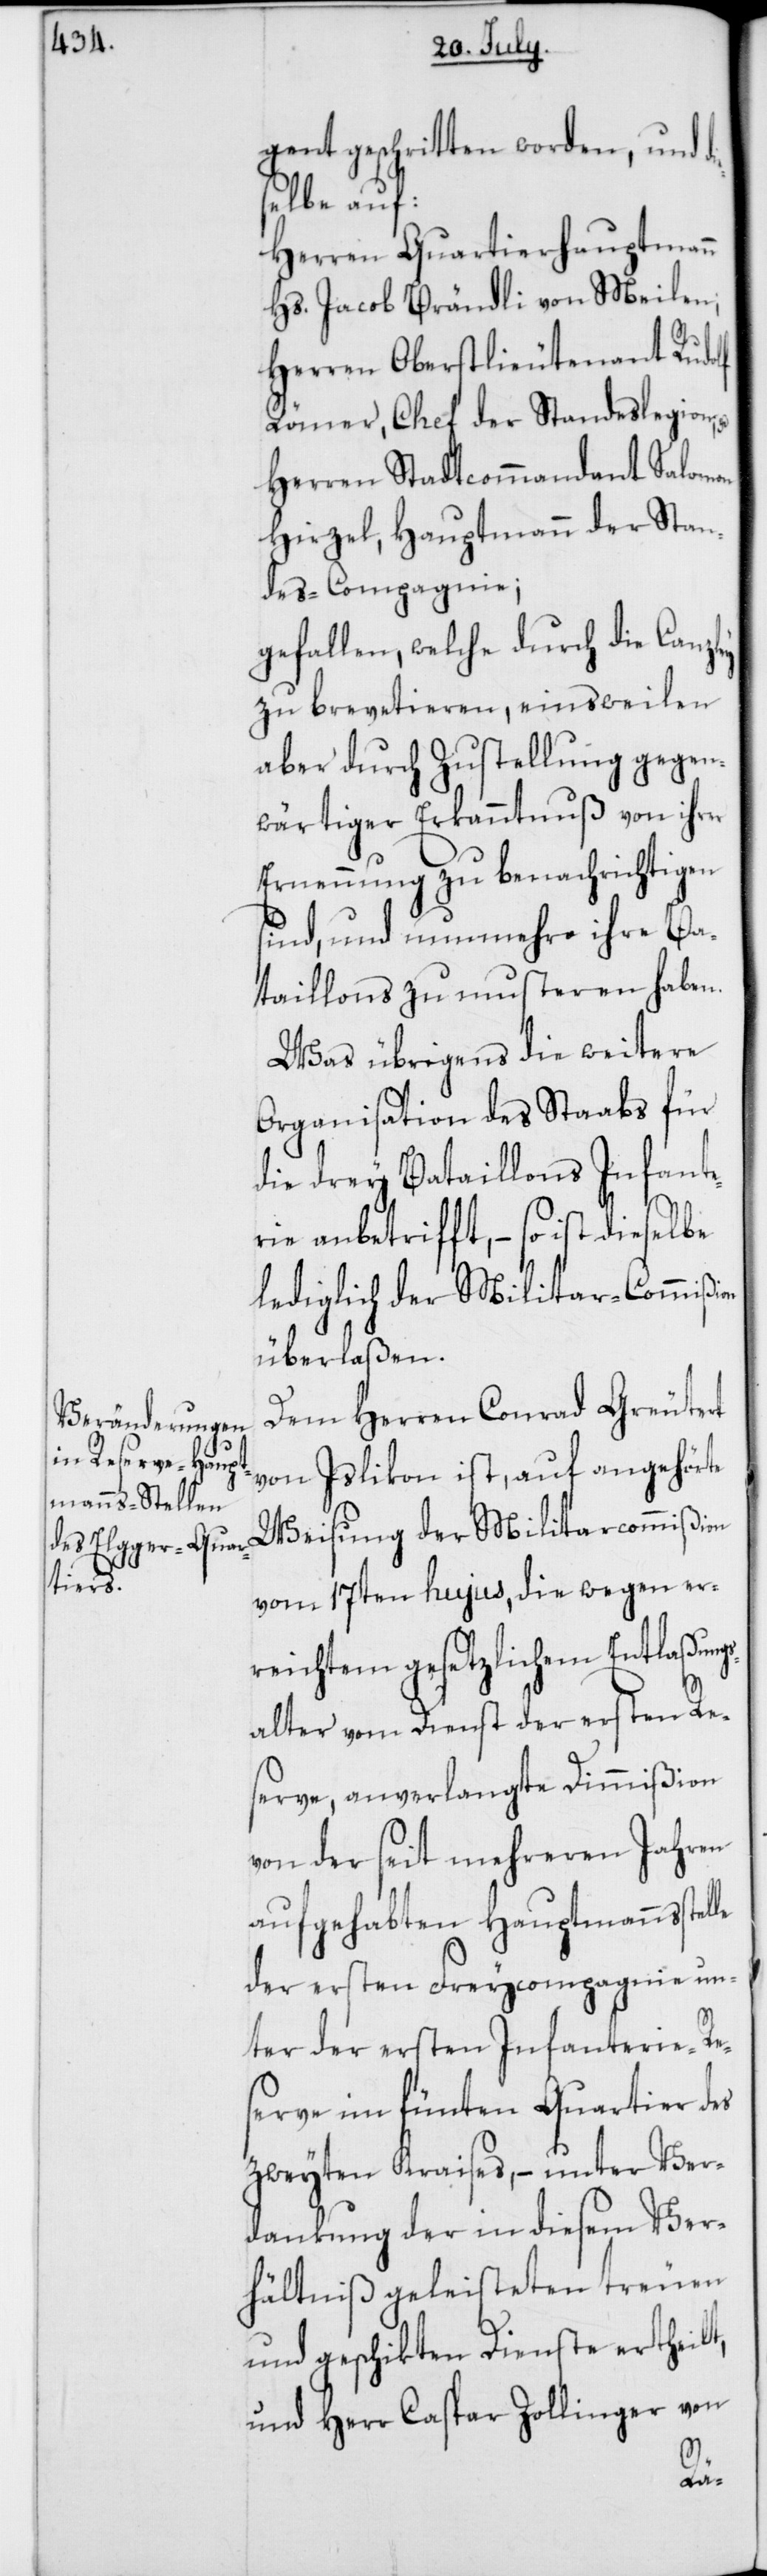
gent geschritten worden, und
selbe auf
Herren Quartierhauptmann
Hs. Jacob Brändli von Meilen;
Herren Oberstlieutenant Rudolf
Römer, Chef der Standeslegion;
Herren Stadtcommandant Salomon
Hirzel, Hauptmann der Stan¬
des-Compagnie;
gefallen, welche durch die Canzley
zu brevetieren, einstweilen
aber durch Zustellung gegen¬
wärtiger Erkanntnuß von ihrer
Ernennung zu benachrichtigen
sind, und nunmehro ihre Ba¬
taillons zu musteren haben.
Was übrigens die weitere
Organisation des Staats für
die drey Bataillons Infante¬
rie anbetrifft, – so ist dieselbe
lediglich der Militar-Commißi¬
überlaßen.
Dem Herren Conrad Greutert
von Islikon ist, auf angehörte
Weisung der Militarcommißion
vom 17ten hujus, die wegen er¬
reichtem gesetzlichem Entlaßung¬
salter vom Dienst der ersten Re¬
serve, anverlangte Dimißion
von der seit mehreren Jahren
aufgehabten Hauptmannsstel¬
der ersten Freycompagnie un¬
ter der ersten Infanterie-Res¬
erve im fünften Quartier des
zweyten Kraises, – unter Ver¬
dankung der in diesem Ver¬
hältniß geleisteten treuen
und geschikten Dienste ertheilt,
und Herr Caspar Zollinger von
le
on